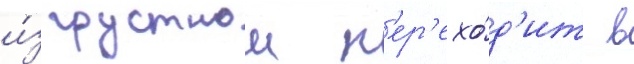
и́з грустнои п'ер'ехо́д'ит в